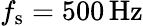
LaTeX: f_{\mathrm{s}}=500\, \mathrm{{Hz}}